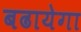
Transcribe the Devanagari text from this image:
बढायेगा